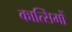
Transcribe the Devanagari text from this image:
कात्सिमों